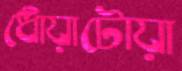
ধোঁয়াটোয়া